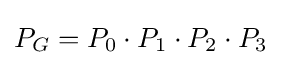
P_{G}=P_{0}\cdot P_{1}\cdot P_{2}\cdot P_{3}